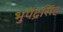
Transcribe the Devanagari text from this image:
भुपेंद्रसिंह